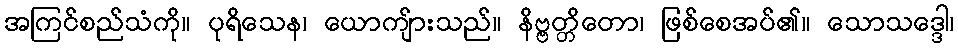
အကြင်စည်သံကို။ ပုရိသေန၊ ယောကျ်ားသည်။ နိဗ္ဗတ္တိတော၊ ဖြစ်စေအပ်၏။ သောသဒ္ဒေါ၊